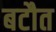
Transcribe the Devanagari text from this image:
बटौत